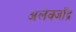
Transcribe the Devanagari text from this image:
अलेक्जाँद्र